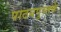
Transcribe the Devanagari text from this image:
पाठयपुस्तके